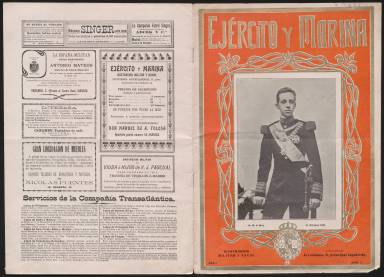
Título: Ejército y marina
Colección: Fuerzas armadas
Ámbito geográfico: Madrid
Lugar de publicación: Madrid
Fechas: 01/01/1905-15/06/1905